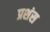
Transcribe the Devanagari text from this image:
प्रशंस